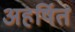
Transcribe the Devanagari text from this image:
अहर्षित